Scottish Leaving Certificate Examination, 1954
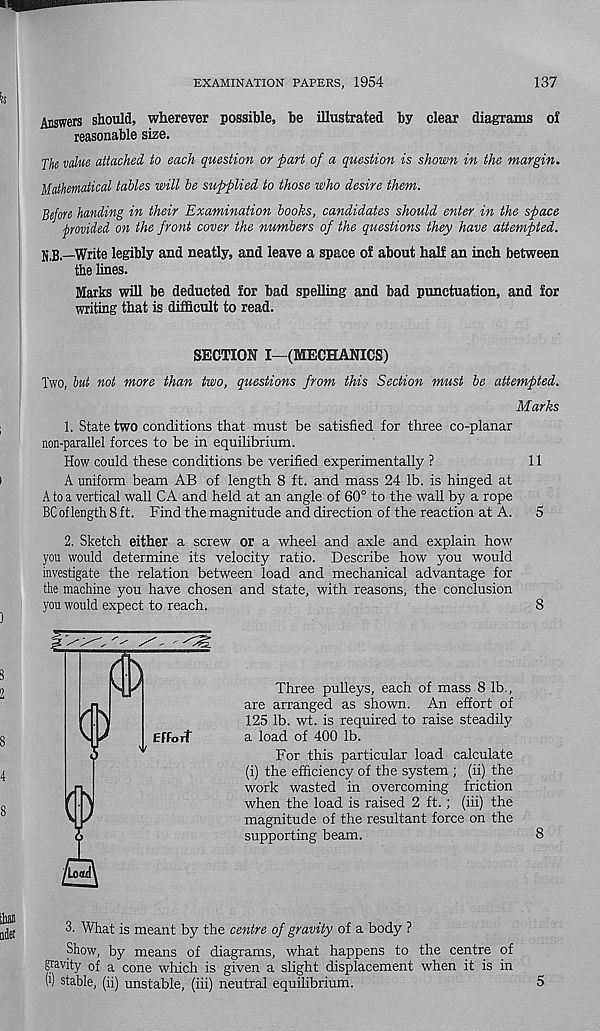
EXAMINATION PAPERS, 1954
137
Answers should, wherever possible, be illustrated by clear diagrams of
reasonable size.
The value attached to each question or part of a question is shown in the margin.
Mathematical tables will be supplied to those who desire them.
Before handing in their Examination books, candidates should enter in the space
provided on the front cover the numbers of the questions they have attempted.
N.B.—Write legibly and neatly, and leave a space of about half an inch between
the lines.
Marks will be deducted for bad spelling and bad punctuation, and for
writing that is difficult to read.
SECTION I—(MECHANICS)
Two, but not more than two, questions from this Section must be attempted.
Marks
1. State two conditions that must be satisfied for three co-planar
non-parallel forces to be in equilibrium.
How could these conditions be verified experimentally ?
11
A uniform beam AB of length 8 ft. and mass 24 lb. is hinged at
A to a vertical wall CA and held at an angle of 60° to the wall by a rope
BC of length 8 ft. Find the magnitude and direction of the reaction at A. 5
2. Sketch either a screw or a wheel and axle and explain how
you would determine its velocity ratio. Describe how you would
investigate the relation between load and mechanical advantage for
the machine you have chosen and state, with reasons, the conclusion
8
Three pulleys, each of mass 8 lb.,
are arranged as shown. An effort of
125 lb. wt. is required to raise steadily
a load of 400 lb.
For this particular load calculate
(i) the efficiency of the system ; (ii) the
work wasted in overcoming friction
when the load is raised 2 ft.; (iii) the
magnitude of the resultant force on the
supporting beam.
8
3. What is meant by the centre of gravity of a body ?
Show, by means of diagrams, what happens to the centre of
gravity of a cone which is given a slight displacement when it is in
W stable, (ii) unstable, (iii) neutral equilibrium.
5
you would expect to reach.
V
A
Effort
/Load